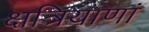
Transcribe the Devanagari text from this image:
क्षत्रियाणां